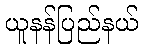
ယူနန်ပြည်နယ်